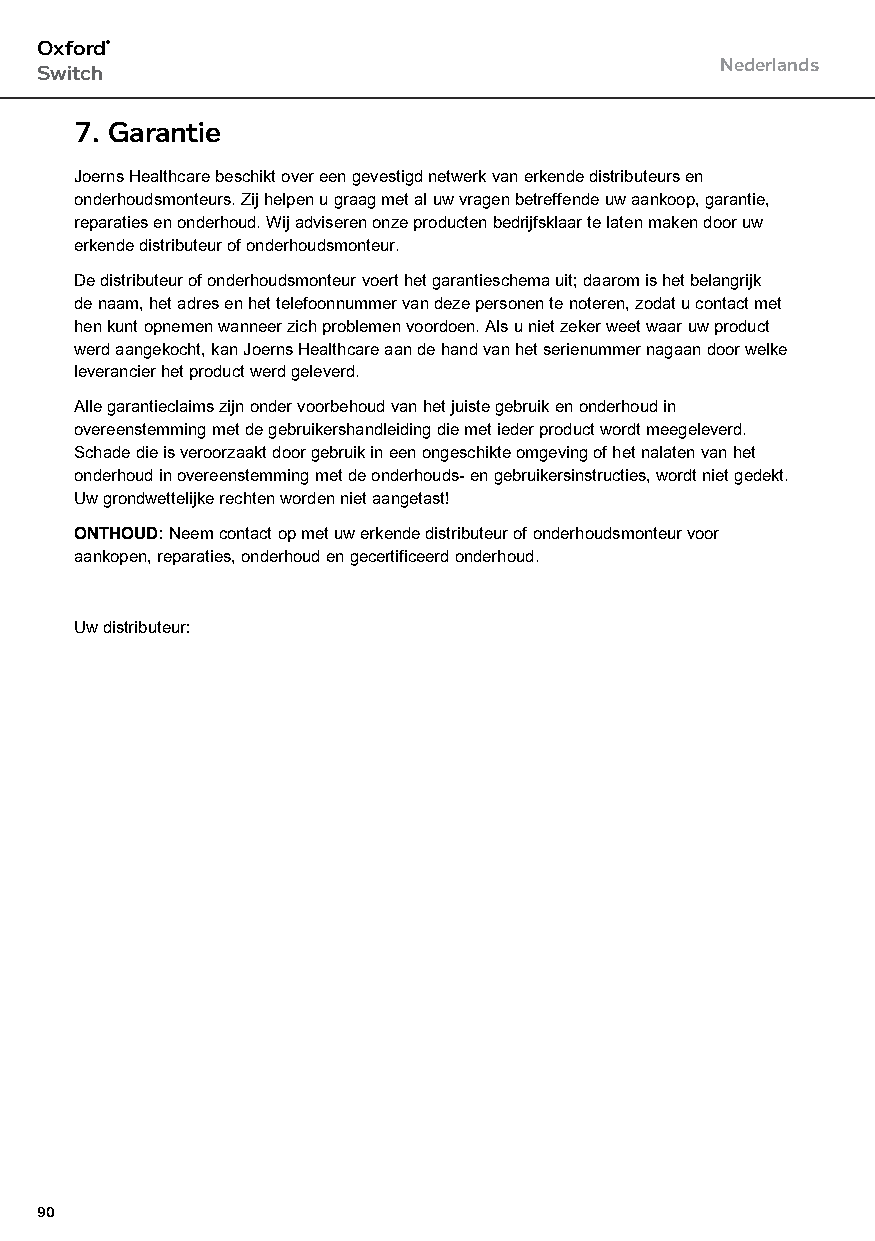
Oxford®
 Nederlands
 Switch
 7. Garantie
 Joerns Healthcare beschikt over een gevestigd netwerk van erkende distributeurs en
 onderhoudsmonteurs. Zij helpen u graag met al uw vragen betreffende uw aankoop, garantie,
 reparaties en onderhoud. Wij adviseren onze producten bedrijfsklaar te laten maken door uw
 erkende distributeur of onderhoudsmonteur.
 De distributeur of onderhoudsmonteur voert het garantieschema uit; daarom is het belangrijk
 de naam, het adres en het telefoonnummer van deze personen te noteren, zodat u contact met
 hen kunt opnemen wanneer zich problemen voordoen. Als u niet zeker weet waar uw product
 werd aangekocht, kan Joerns Healthcare aan de hand van het serienummer nagaan door welke
 leverancier het product werd geleverd.
 Alle garantieclaims zijn onder voorbehoud van het juiste gebruik en onderhoud in
 overeenstemming met de gebruikershandleiding die met ieder product wordt meegeleverd.
 Schade die is veroorzaakt door gebruik in een ongeschikte omgeving of het nalaten van het
 onderhoud in overeenstemming met de onderhouds- en gebruikersinstructies, wordt niet gedekt.
 Uw grondwettelijke rechten worden niet aangetast!
 ONTHOUD: Neem contact op met uw erkende distributeur of onderhoudsmonteur voor
 aankopen, reparaties, onderhoud en gecertificeerd onderhoud.
 Uw distributeur:
 90